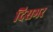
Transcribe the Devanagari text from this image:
दिसभर